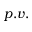
p . v .